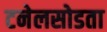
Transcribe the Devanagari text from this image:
टनेलसोडता